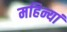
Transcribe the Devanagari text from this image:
महिन्यां